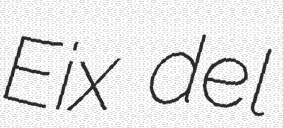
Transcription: Eix del